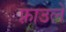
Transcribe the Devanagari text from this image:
फ़्राउले